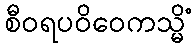
စီဝရပဝိဝေကသ္မိံ